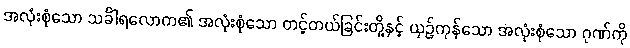
အလုံးစုံသော သင်္ခါရလောက၏ အလုံးစုံသော တင့်တယ်ခြင်းတို့နှင့် ယှဉ်ကုန်သော အလုံးစုံသော ဂုဏ်ကို